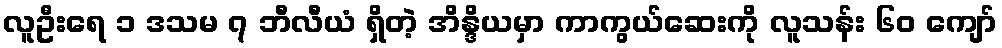
လူဦးရေ ၁ ဒသမ ၇ ဘီလီယံ ရှိတဲ့ အိန္ဒိယမှာ ကာကွယ်ဆေးကို လူသန်း ၆၀ ကျော်